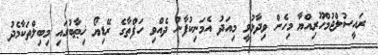
ރައީސުލްޖުމްހޫރިއްޔާ މިހެން ވިދާޅުވީ މިއަދު އެމަނިކުފާނު ދެއްވި ހަފްތާގެ ރޭޑިޔޯ ޚިޠާބުގައި މިބިލްތަކާމެދު